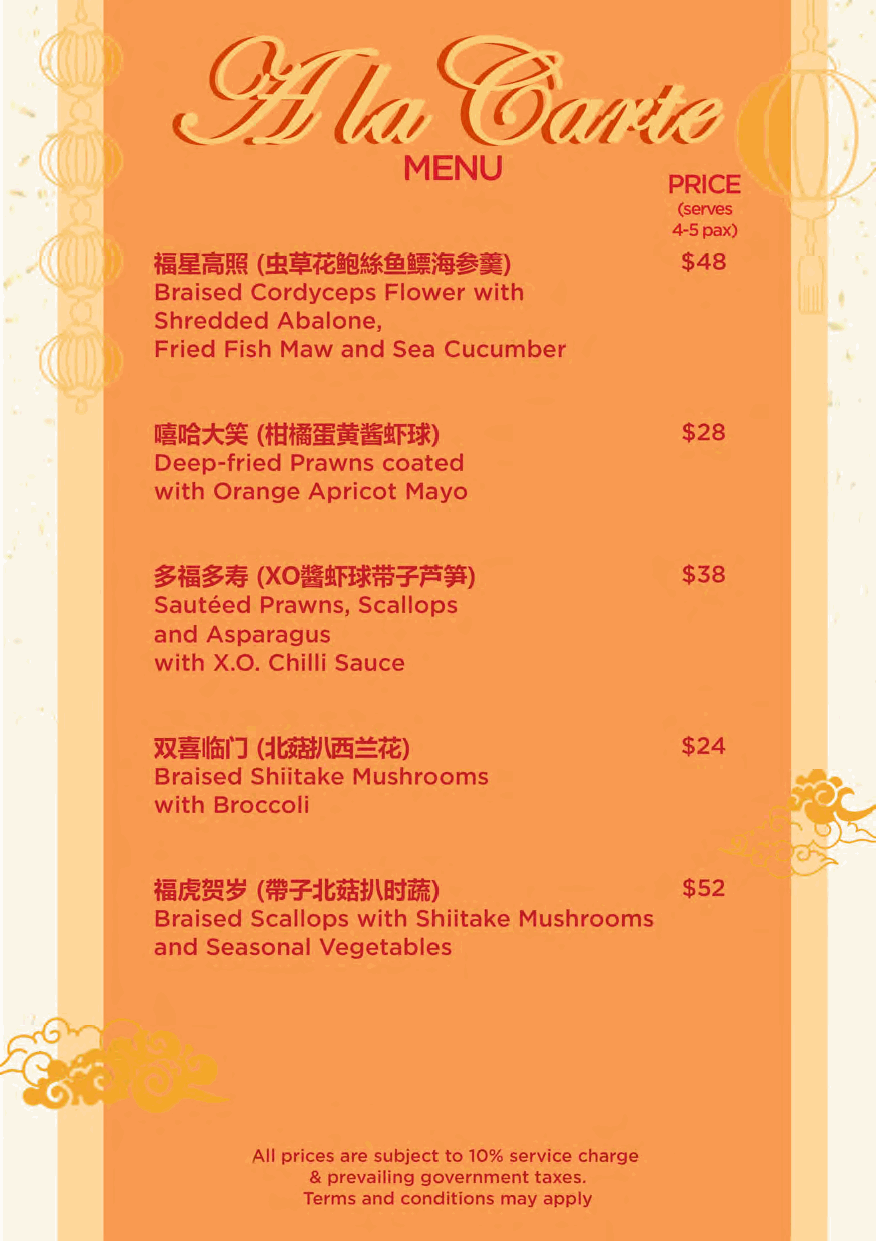
PRICE
 (serves
 4-Spax)
 fm~~ftff (~~ilffl~fti~;ij~-)       $48
 Braised Cordyceps Flower with
 Shredded Abalone,
 Fried Fish Maw and Sea Cucumber
 Dill8*~ (fl:f~ffi~S!l{f~)          $28
 Deep-fried Prawns coated
 with Orange Apricot Mayo
 ~fm~~  (XOill!l{f~ffiTP~)          $38
 Sauteed Prawns, Scallops
 and Asparagus
 with X.O. Chilli Sauce
 Braised Shiitake Mushrooms
 with Broccoli
 fimM~  (fflT~tiUJ\B!fiD            $52
 Braised Scallops with Shiitake Mushrooms
 and Seasonal Vegetables
 All prices are subject to 10% service charge
 & prevailing government taxes.
 Terms and conditions may apply